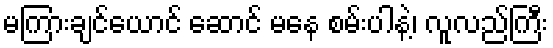
မကြားချင်ယောင် ဆောင် မနေ စမ်းပါနဲ့၊ လူလည်ကြီး